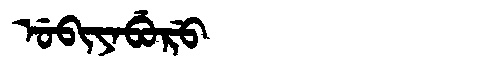
Manchu: ᡠᠪᡳᠶᠠᠪᡠᡵᡠ
Romanization: UBIYABURU